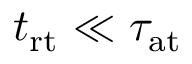
t _ { \mathrm { r t } } \ll \tau _ { \mathrm { a t } }